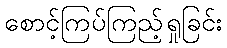
စောင့်ကြပ်ကြည့်ရှုခြင်း